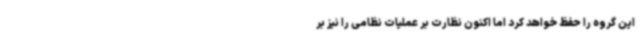
این گروه را حفظ خواهد کرد اما اکنون نظارت بر عملیات نظامی را نیز بر